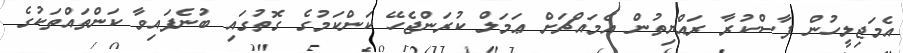
އެމަޖިލީހުން ފާސްކުރާ ރައްޔިތުން އެމައްޗަށް ޢަމަލް ކުރަންޖެހޭ ކަންކަމުގެ ގޮތުގައި ބުނެފައިވާ ކަންތައްތަކުގެ